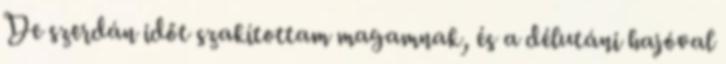
De szerdán időt szakítottam magamnak, és a délutáni hajóval